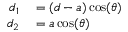
\begin{array} { r l } { d _ { 1 } } & { { } = ( d - a ) \cos ( \theta ) } \\ { d _ { 2 } } & { { } = a \cos ( \theta ) } \end{array}